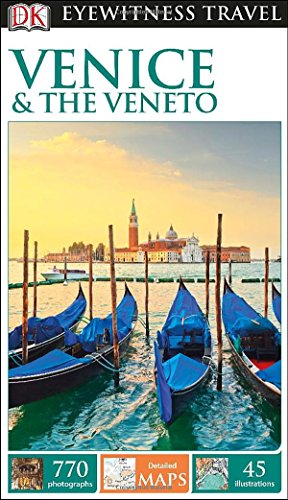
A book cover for DK Eyewitness Travel Guide: Venice & the Veneto; DK Publishing; History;